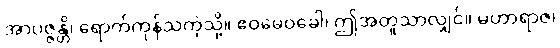
အာပဇ္ဇန္တိ၊ ရောက်ကုန်သကဲ့သို့။ ဧဝမေဝခေါ၊ ဤအတူသာလျှင်။ မဟာရာဇ၊